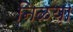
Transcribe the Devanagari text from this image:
निळय़ा